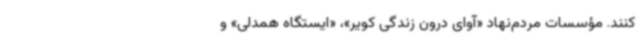
کنند. مؤسسات مردم‌نهاد «آوای درون زندگی کویر»، «ایستگاه همدلی» و